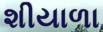
શીયાળા